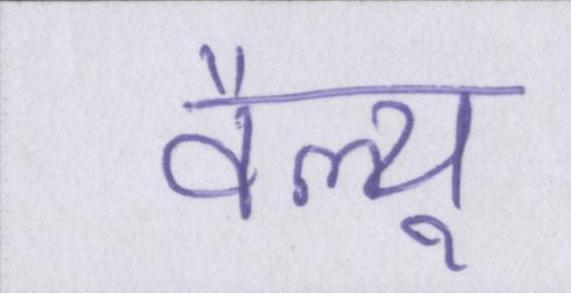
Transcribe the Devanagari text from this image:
वैल्यू